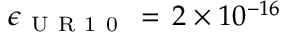
\epsilon _ { \mathrm { ~ U ~ R ~ 1 ~ 0 ~ } } \, = \, 2 \times 1 0 ^ { - 1 6 }